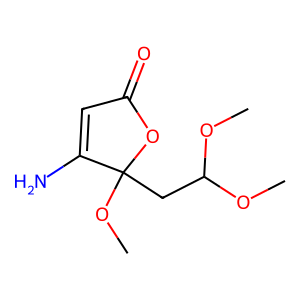
SMILES: COC(CC1(OC)OC(=O)C=C1N)OC
Inhibits HIV replication: No